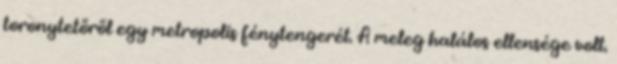
toronytetőről egy metropolis fénytengerét. A meleg halálos ellensége volt.